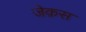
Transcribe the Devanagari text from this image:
जेक़स